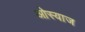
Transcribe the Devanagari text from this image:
ओस्याज